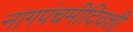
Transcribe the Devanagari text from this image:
नागपंचमीदिवशी